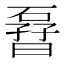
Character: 𱴬